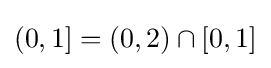
(0,1]=(0,2)\cap [0,1]